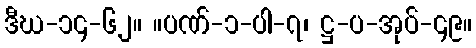
ဒီဃ-၁၄-၆၂။ ။ပဏ်-၁-ပါ-၇၊ ဋ္ဌ-ပ-အုပ်-၄၉။